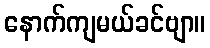
နောက်ကျမယ်ခင်ဗျာ။